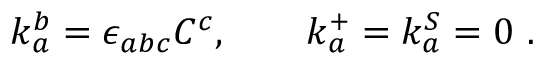
k _ { a } ^ { b } = \epsilon _ { a b c } C ^ { c } , \qquad k _ { a } ^ { + } = k _ { a } ^ { S } = 0 \ .